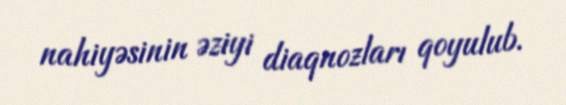
nahiyəsinin əziyi diaqnozları qoyulub.